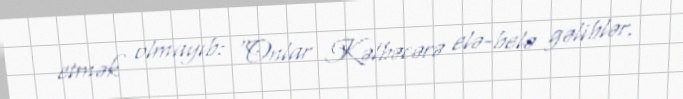
etmək olmayıb: “Onlar Kəlbəcərə elə-belə gəliblər.